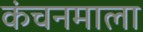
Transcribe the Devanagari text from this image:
कंचनमाला